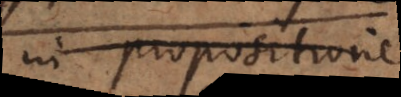
In Propositione